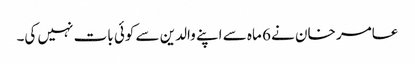
عامر خان نے 6 ماہ سے اپنے والدین سے کوئی بات نہیں کی۔